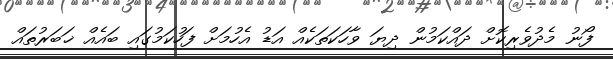
ފޯނު މެދުވެރިކޮށް ދައްކަމުން ދިޔަ ވާހަކަތަކެއް އަޑު އެހުމަށް ފަހުކަމުގައި ބައެއް ޚަބަރުތައް